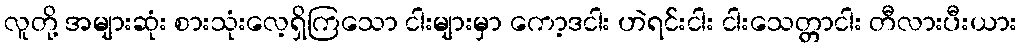
လူတို့ အများဆုံး စားသုံးလေ့ရှိကြသော ငါးများမှာ ကော့ဒငါး ဟဲရင်းငါး ငါးသေတ္တာငါး တီလားပီးယား